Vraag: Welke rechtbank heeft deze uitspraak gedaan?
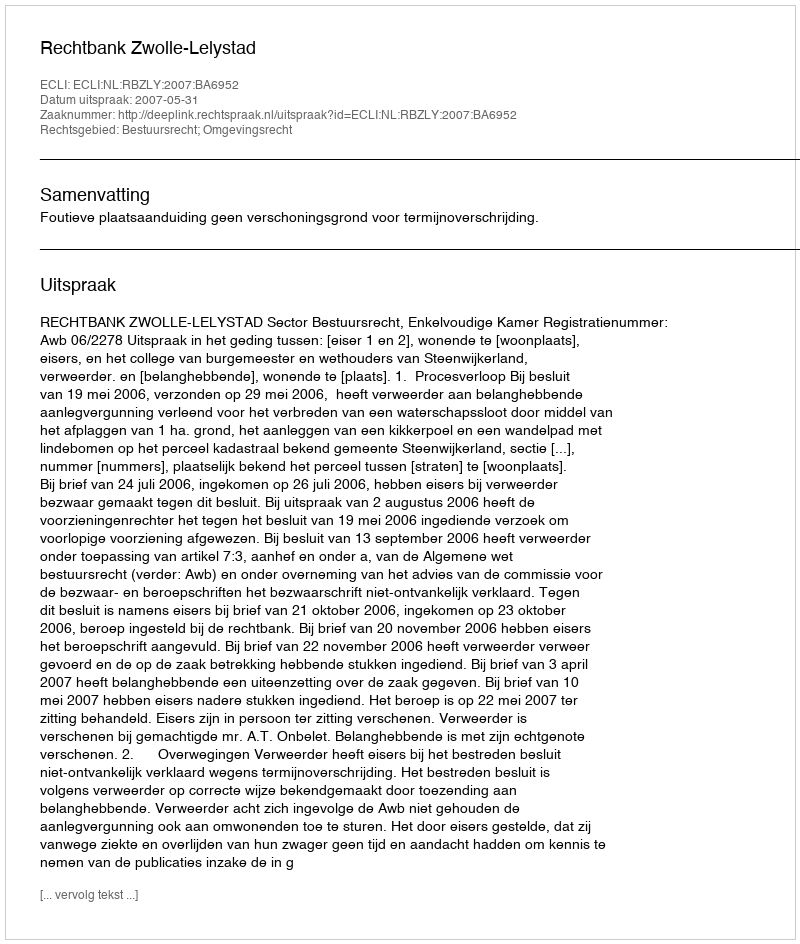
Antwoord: Rechtbank Zwolle-Lelystad